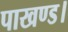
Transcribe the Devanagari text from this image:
पाखण्ड।